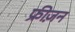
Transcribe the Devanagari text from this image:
फ्रीज़न